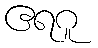
ဧရဂူ